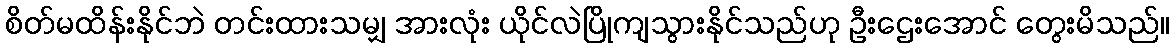
စိတ်မထိန်းနိုင်ဘဲ တင်းထားသမျှ အားလုံး ယိုင်လဲပြိုကျသွားနိုင်သည်ဟု ဦးဌေးအောင် တွေးမိသည်။